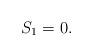
LaTeX: \begin{align*} S_1=0. \end{align*}